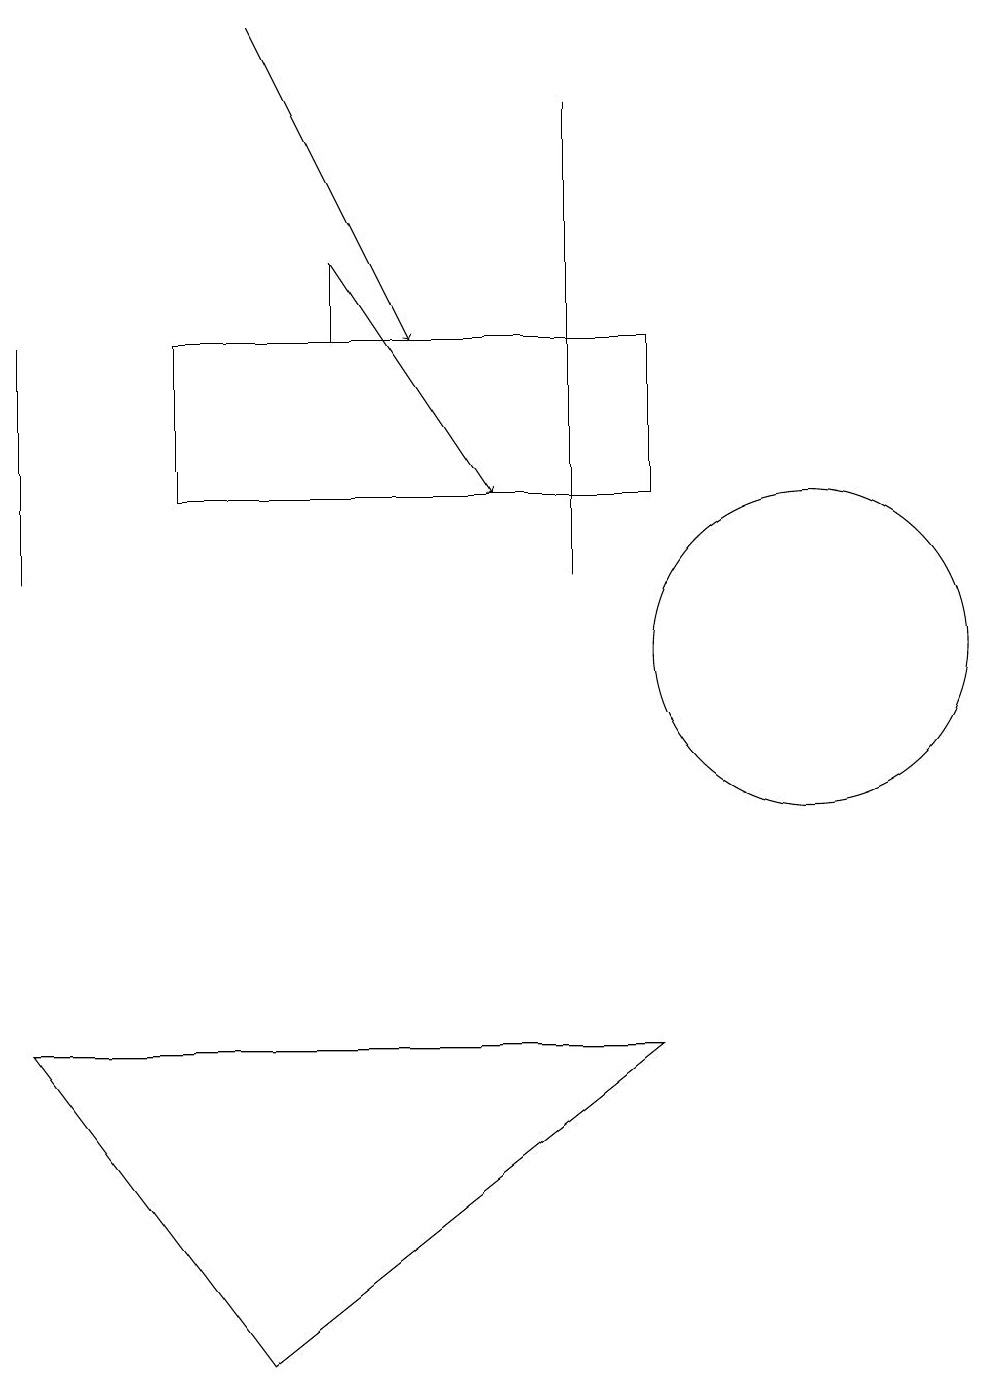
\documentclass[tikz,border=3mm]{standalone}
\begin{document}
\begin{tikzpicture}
\draw (5,14) rectangle (5,15);
\draw (8,17) rectangle (8,11);
\draw[->] (4,18) -- (6,14);
\draw (3,14) rectangle (9,12);
\draw (9,5) -- (4,1) -- (1,5) -- cycle;
\draw (1,11) rectangle (1,14);
\draw[->] (5,15) -- (7,12);
\draw (11,10) circle (2);
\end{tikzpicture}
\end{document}